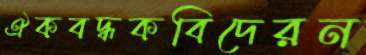
ঐকবদ্ধকবিদেরন